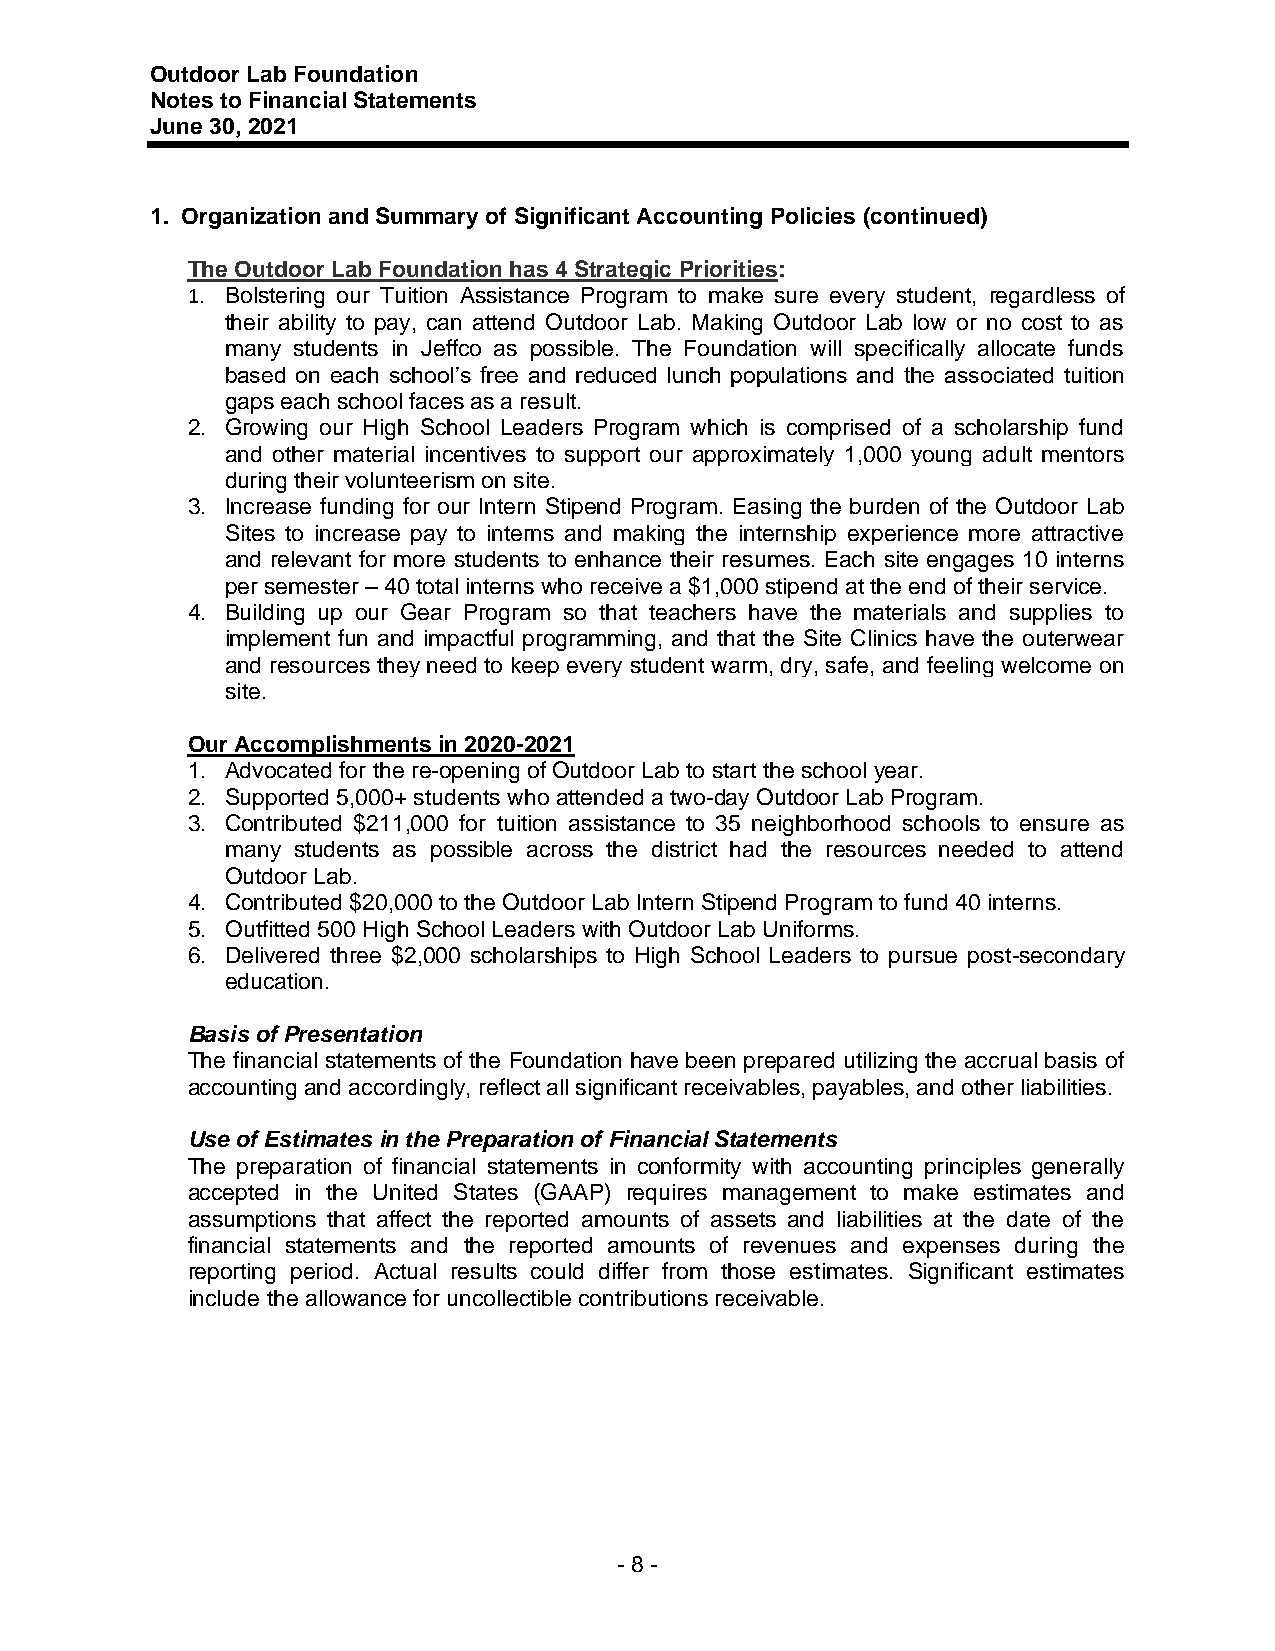
Outdoor Lab Foundation
 Notes to Financial Statements
 June 30, 2021
 1. Organization and Summary of Significant Accounting Policies (continued)
 The Outdoor Lab Foundation has 4 Strategic Priorities:
 1. Bolstering our Tuition Assistance Program to make sure every student, regardless of
 their ability to pay, can attend Outdoor Lab. Making Outdoor Lab low or no cost to as
 many students in Jeffco as possible. The Foundation will specifically allocate funds
 based on each school’s free and reduced lunch populations and the associated tuition
 gaps each school faces as a result.
 2. Growing our High School Leaders Program which is comprised of a scholarship fund
 and other material incentives to support our approximately 1,000 young adult mentors
 during their volunteerism on site.
 3. Increase funding for our Intern Stipend Program. Easing the burden of the Outdoor Lab
 Sites to increase pay to interns and making the internship experience more attractive
 and relevant for more students to enhance their resumes. Each site engages 10 interns
 per semester – 40 total interns who receive a $1,000 stipend at the end of their service.
 4. Building up our Gear Program so that teachers have the materials and supplies to
 implement fun and impactful programming, and that the Site Clinics have the outerwear
 and resources they need to keep every student warm, dry, safe, and feeling welcome on
 site.
 Our Accomplishments in 2020-2021
 1. Advocated for the re-opening of Outdoor Lab to start the school year.
 2. Supported 5,000+ students who attended a two-day Outdoor Lab Program.
 3. Contributed $211,000 for tuition assistance to 35 neighborhood schools to ensure as
 many students as possible across the district had the resources needed to attend
 Outdoor Lab.
 4. Contributed $20,000 to the Outdoor Lab Intern Stipend Program to fund 40 interns.
 5. Outfitted 500 High School Leaders with Outdoor Lab Uniforms.
 6. Delivered three $2,000 scholarships to High School Leaders to pursue post-secondary
 education.
 Basis of Presentation
 The financial statements of the Foundation have been prepared utilizing the accrual basis of
 accounting and accordingly, reflect all significant receivables, payables, and other liabilities.
 Use of Estimates in the Preparation of Financial Statements
 The preparation of financial statements in conformity with accounting principles generally
 accepted in the United States (GAAP) requires management to make estimates and
 assumptions that affect the reported amounts of assets and liabilities at the date of the
 financial statements and the reported amounts of revenues and expenses during the
 reporting period. Actual results could differ from those estimates. Significant estimates
 include the allowance for uncollectible contributions receivable.
 - 8 -